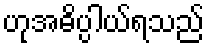
ဟုအဓိပ္ပါယ်ရသည်